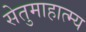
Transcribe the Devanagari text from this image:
सेतुमाहात्म्य